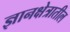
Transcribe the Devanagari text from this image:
ज्ञानक्षेत्रातील